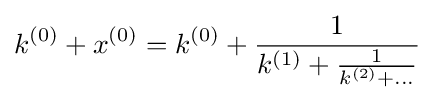
k^{(0)}+x^{(0)}=k^{(0)}+{\frac {1}{k^{(1)}+{\frac {1}{k^{(2)}+\dots }}}}